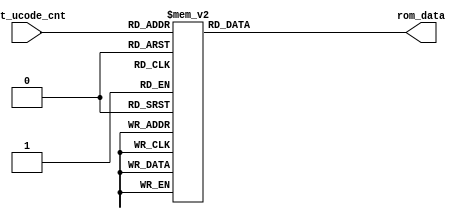
/****************************************************************
 ---------------------------------------------------------------
     Copyright 1999 Sun Microsystems, Inc., 901 San Antonio
     Road, Palo Alto, CA 94303, U.S.A.  All Rights Reserved.
     The contents of this file are subject to the current
     version of the Sun Community Source License, picoJava-II
     Core ("the License").  You may not use this file except
     in compliance with the License.  You may obtain a copy
     of the License by searching for "Sun Community Source
     License" on the World Wide Web at http://www.sun.com.
     See the License for the rights, obligations, and
     limitations governing use of the contents of this file.

     Sun, Sun Microsystems, the Sun logo, and all Sun-based
     trademarks and logos, Java, picoJava, and all Java-based
     trademarks and logos are trademarks or registered trademarks 
     of Sun Microsystems, Inc. in the United States and other
     countries.
 ----------------------------------------------------------------
******************************************************************/
                                                  
module ieu_rom (nxt_ucode_cnt,rom_data);          
                                                  
input    [8:0] nxt_ucode_cnt;                     
output  [79:0] rom_data;
                                                  
reg     [79:0] rom_data;
                                                  
/********* Megacell Format **********             
reg     [79:0] mem [511:0];
                                                  
// synopsys translate_off                         
                                                  
initial $readmemh(                                
"picoJava-II/design/iu/ucode/rtl/ieu_rom.data",mem);	// This path needs to be modified based on it's 
						// location.
                                                  
  always @(nxt_ucode_cnt) begin                   
    rom_data = mem[nxt_ucode_cnt];                
  end                                             
                                                  
// synopsys translate_on                          
********** Megacell Format *********/             
                                                  
                                                  
/********* Case    Format **********/             
  always @(nxt_ucode_cnt) begin                   
    case (nxt_ucode_cnt)                          
      9'd000:  rom_data =  80'h00000400000000000000;
      9'd001:  rom_data =  80'h01e2045ca0002780555d;
      9'd002:  rom_data =  80'h00000400000000000000;
      9'd003:  rom_data =  80'h00e204000000000020b8;
      9'd004:  rom_data =  80'h03020442c02666085759;
      9'd005:  rom_data =  80'h00000400000000020000;
      9'd006:  rom_data =  80'h000204000002200002b8;
      9'd007:  rom_data =  80'h00000401203226020959;
      9'd008:  rom_data =  80'h00c604013c0002012b39;
      9'd009:  rom_data =  80'h03020442c02666085759;
      9'd010:  rom_data =  80'h00000400000000020000;
      9'd011:  rom_data =  80'h000204000002200002b8;
      9'd012:  rom_data =  80'h00000419203226020959;
      9'd013:  rom_data =  80'h00c604013c0002012b19;
      9'd014:  rom_data =  80'h03020442c02666085759;
      9'd015:  rom_data =  80'h00000400000000020000;
      9'd016:  rom_data =  80'h000204000002200002b8;
      9'd017:  rom_data =  80'h00000421203226020959;
      9'd018:  rom_data =  80'h00c204013c0002012ab9;
      9'd019:  rom_data =  80'h03020442c02666085759;
      9'd020:  rom_data =  80'h00000400000000020000;
      9'd021:  rom_data =  80'h000204000002200002b8;
      9'd022:  rom_data =  80'h00000429203226020979;
      9'd023:  rom_data =  80'h00c204013c0002010ab9;
      9'd024:  rom_data =  80'h00c2045c000006002b55;
      9'd025:  rom_data =  80'h0000043401bc66000001;
      9'd026:  rom_data =  80'h00080400014000000000;
      9'd027:  rom_data =  80'h01020465a00026085559;
      9'd028:  rom_data =  80'h00000400000000000000;
      9'd029:  rom_data =  80'h000204591800260202b9;
      9'd030:  rom_data =  80'h00000401422026000ad9;
      9'd031:  rom_data =  80'h000404013c000a0326b9;
      9'd032:  rom_data =  80'h0000043401bc66000001;
      9'd033:  rom_data =  80'h00080400014000000000;
      9'd034:  rom_data =  80'h01020465a00026085559;
      9'd035:  rom_data =  80'h00000400000000000000;
      9'd036:  rom_data =  80'h000204591800260202b9;
      9'd037:  rom_data =  80'h00000419422026000ad9;
      9'd038:  rom_data =  80'h000404013c000a0326b9;
      9'd039:  rom_data =  80'h0000043401bc66000001;
      9'd040:  rom_data =  80'h00080400014000000000;
      9'd041:  rom_data =  80'h01020465a00026085559;
      9'd042:  rom_data =  80'h00000400000000000000;
      9'd043:  rom_data =  80'h000204591800260202b9;
      9'd044:  rom_data =  80'h00000421422026000ad9;
      9'd045:  rom_data =  80'h000404013c000a0326b9;
      9'd046:  rom_data =  80'h00000434000ca6000001;
      9'd047:  rom_data =  80'h00080459014022000001;
      9'd048:  rom_data =  80'h010a0465a00026085559;
      9'd049:  rom_data =  80'h00000400000440000000;
      9'd050:  rom_data =  80'h000204591800260202b9;
      9'd051:  rom_data =  80'h000004010224660012db;
      9'd052:  rom_data =  80'h000404013c000a0306b9;
      9'd053:  rom_data =  80'h00040400000010002758;
      9'd054:  rom_data =  80'h00022000000000000c78;
      9'd055:  rom_data =  80'h000004340210860009d1;
      9'd056:  rom_data =  80'h0002040000c220000158;
      9'd057:  rom_data =  80'h00020453003006000759;
      9'd058:  rom_data =  80'h00000401161044000811;
      9'd059:  rom_data =  80'h00020680800120000750;
      9'd060:  rom_data =  80'h00a00409e82226000751;
      9'd061:  rom_data =  80'h004204d9e0002a000bf9;
      9'd062:  rom_data =  80'h006005d9000022000001;
      9'd063:  rom_data =  80'h00800559200022000001;
      9'd064:  rom_data =  80'h00a00600e00008002000;
      9'd065:  rom_data =  80'h00022000000000000c78;
      9'd066:  rom_data =  80'h000004340210860009d1;
      9'd067:  rom_data =  80'h0002040000c220000178;
      9'd068:  rom_data =  80'h00020453003006000751;
      9'd069:  rom_data =  80'h00020409e82026000771;
      9'd070:  rom_data =  80'h00080401161044000811;
      9'd071:  rom_data =  80'h01000400000000004000;
      9'd072:  rom_data =  80'h00000680800120000000;
      9'd073:  rom_data =  80'h00a00400000220000750;
      9'd074:  rom_data =  80'h004204d9e0002a000bf9;
      9'd075:  rom_data =  80'h006005d9000022000001;
      9'd076:  rom_data =  80'h00800559200022000001;
      9'd077:  rom_data =  80'h00a00600e00008002000;
      9'd078:  rom_data =  80'h00000400022220000838;
      9'd079:  rom_data =  80'h00080400000000000000;
      9'd080:  rom_data =  80'h010204000000000054b8;
      9'd081:  rom_data =  80'h000004000210000009d0;
      9'd082:  rom_data =  80'h00020400000000000458;
      9'd083:  rom_data =  80'h00000453003006000001;
      9'd084:  rom_data =  80'h0002040000c220000158;
      9'd085:  rom_data =  80'h00020400000000000750;
      9'd086:  rom_data =  80'h00000401161044000811;
      9'd087:  rom_data =  80'h00000680800120000000;
      9'd088:  rom_data =  80'h00a00400000220000750;
      9'd089:  rom_data =  80'h004204d9e0002a000bf9;
      9'd090:  rom_data =  80'h006005d9000022000001;
      9'd091:  rom_data =  80'h00800559200022000001;
      9'd092:  rom_data =  80'h00a00600e00008002000;
      9'd093:  rom_data =  80'h00022000000000000c78;
      9'd094:  rom_data =  80'h000004000210000009d0;
      9'd095:  rom_data =  80'h00020400000000000178;
      9'd096:  rom_data =  80'h00000400000000000000;
      9'd097:  rom_data =  80'h0000040ce02026000001;
      9'd098:  rom_data =  80'h00080417e03006000001;
      9'd099:  rom_data =  80'h010204000000000054b8;
      9'd100:  rom_data =  80'h00000427403006000001;
      9'd101:  rom_data =  80'h00020400000000000498;
      9'd102:  rom_data =  80'h00000453003006000001;
      9'd103:  rom_data =  80'h0002040000c220000158;
      9'd104:  rom_data =  80'h00020400000000000750;
      9'd105:  rom_data =  80'h00000401161044000811;
      9'd106:  rom_data =  80'h00000680800120000000;
      9'd107:  rom_data =  80'h00a00400000220000750;
      9'd108:  rom_data =  80'h004204d9e0002a000bf9;
      9'd109:  rom_data =  80'h006005d9000022000001;
      9'd110:  rom_data =  80'h00800559200022000001;
      9'd111:  rom_data =  80'h00a00600e00008002000;
      9'd112:  rom_data =  80'h00001073000022000001;
      9'd113:  rom_data =  80'h0008047f003046000001;
      9'd114:  rom_data =  80'h00020400000000001298;
      9'd115:  rom_data =  80'h00000459043006000001;
      9'd116:  rom_data =  80'h00020400000000000098;
      9'd117:  rom_data =  80'h0000047f003006000001;
      9'd118:  rom_data =  80'h000204000000000001f8;
      9'd119:  rom_data =  80'h00000400023000000a78;
      9'd120:  rom_data =  80'h00020400000000000298;
      9'd121:  rom_data =  80'h000004340210860009d1;
      9'd122:  rom_data =  80'h0002040000c220000178;
      9'd123:  rom_data =  80'h00020453003006000751;
      9'd124:  rom_data =  80'h00020409e82026000771;
      9'd125:  rom_data =  80'h00080401161044000811;
      9'd126:  rom_data =  80'h01000400000000004000;
      9'd127:  rom_data =  80'h00000680800120000000;
      9'd128:  rom_data =  80'h00a00400000220000750;
      9'd129:  rom_data =  80'h004204d9e0002a000bf9;
      9'd130:  rom_data =  80'h006005d9000022000001;
      9'd131:  rom_data =  80'h00800559200022000001;
      9'd132:  rom_data =  80'h00a00600e00008002000;
      9'd133:  rom_data =  80'h00001073002002000001;
      9'd134:  rom_data =  80'h00001280200220000cb8;
      9'd135:  rom_data =  80'h00080400000220000770;
      9'd136:  rom_data =  80'h00080480a00220000758;
      9'd137:  rom_data =  80'h00080580a00220000770;
      9'd138:  rom_data =  80'h00080700012000000000;
      9'd139:  rom_data =  80'h00000500200000000000;
      9'd140:  rom_data =  80'h00000600a00000002000;
      9'd141:  rom_data =  80'h00001073002002000001;
      9'd142:  rom_data =  80'h00001280213220000cb8;
      9'd143:  rom_data =  80'h00080400000220000770;
      9'd144:  rom_data =  80'h00080480a00220000758;
      9'd145:  rom_data =  80'h000809dba00262000771;
      9'd146:  rom_data =  80'h000806d9852026000001;
      9'd147:  rom_data =  80'h00a00500200000000000;
      9'd148:  rom_data =  80'h00000600a00000002000;
      9'd149:  rom_data =  80'h00001073002002000001;
      9'd150:  rom_data =  80'h00001280213220000cb8;
      9'd151:  rom_data =  80'h0008040001c220000770;
      9'd152:  rom_data =  80'h00080480a00220000758;
      9'd153:  rom_data =  80'h000809e3a00262000771;
      9'd154:  rom_data =  80'h000806d9852026000001;
      9'd155:  rom_data =  80'h00a00559200026000001;
      9'd156:  rom_data =  80'h00a00600a00008002000;
      9'd157:  rom_data =  80'h00000484c23046000d1a;
      9'd158:  rom_data =  80'h00400564800006000005;
      9'd159:  rom_data =  80'h00a0045c000006002005;
      9'd160:  rom_data =  80'h00000480a00000000000;
      9'd161:  rom_data =  80'h00000700000000000000;
      9'd162:  rom_data =  80'h00000500c00000000000;
      9'd163:  rom_data =  80'h00000400000000002000;
      9'd164:  rom_data =  80'h000008ecc22026000d51;
      9'd165:  rom_data =  80'h00080ab3213026000001;
      9'd166:  rom_data =  80'h00a00500a00000000000;
      9'd167:  rom_data =  80'h00000400000000002000;
      9'd168:  rom_data =  80'h0000086c022026000d71;
      9'd169:  rom_data =  80'h000806d9213026000001;
      9'd170:  rom_data =  80'h000808dba00022000001;
      9'd171:  rom_data =  80'h00a00559a1b026000001;
      9'd172:  rom_data =  80'h00a00400000000002000;
      9'd173:  rom_data =  80'h0000045e022026000cb9;
      9'd174:  rom_data =  80'h000204000000000006b8;
      9'd175:  rom_data =  80'h00020400000220000758;
      9'd176:  rom_data =  80'h00020401341226000759;
      9'd177:  rom_data =  80'h00000402e03a62000759;
      9'd178:  rom_data =  80'h00000480023000000a98;
      9'd179:  rom_data =  80'h00000402900222200699;
      9'd180:  rom_data =  80'h00000402f00224300699;
      9'd181:  rom_data =  80'h000204000000000006b8;
      9'd182:  rom_data =  80'h00000400000000000000;
      9'd183:  rom_data =  80'h00000401342006000001;
      9'd184:  rom_data =  80'h00000480200000002000;
      9'd185:  rom_data =  80'h010204000000001014b8;
      9'd186:  rom_data =  80'h00022000000000000c78;
      9'd187:  rom_data =  80'h00020400000000000570;
      9'd188:  rom_data =  80'h00000400009000000000;
      9'd189:  rom_data =  80'h00000401140044000001;
      9'd190:  rom_data =  80'h0200040080000000a000;
      9'd191:  rom_data =  80'h010204000000001014b8;
      9'd192:  rom_data =  80'h00022000000000000c78;
      9'd193:  rom_data =  80'h00020447003006000571;
      9'd194:  rom_data =  80'h00000400009000000000;
      9'd195:  rom_data =  80'h00000401140044000001;
      9'd196:  rom_data =  80'h0200045c800026008001;
      9'd197:  rom_data =  80'h00a00400000000002000;
      9'd198:  rom_data =  80'h00001000000220000dd0;
      9'd199:  rom_data =  80'h00080400000000000000;
      9'd200:  rom_data =  80'h00000480a00000002000;
      9'd201:  rom_data =  80'h00001073000022000001;
      9'd202:  rom_data =  80'h0008047f003226000959;
      9'd203:  rom_data =  80'h00c20400000000003298;
      9'd204:  rom_data =  80'h00a0045c000c9e000005;
      9'd205:  rom_data =  80'h00a0046400023600099d;
      9'd206:  rom_data =  80'h00a00400000018002000;
      9'd207:  rom_data =  80'h00a0045c021c9e0009bd;
      9'd208:  rom_data =  80'h00b0046401423600099d;
      9'd209:  rom_data =  80'h00a00400000138000000;
      9'd210:  rom_data =  80'h00a00400000008002000;
      9'd211:  rom_data =  80'h00a0045c000c9e000005;
      9'd212:  rom_data =  80'h00a00464000016002005;
      9'd213:  rom_data =  80'h00a0045c021c9e0009dd;
      9'd214:  rom_data =  80'h00b00464014016000005;
      9'd215:  rom_data =  80'h00a0046c00023e0009bd;
      9'd216:  rom_data =  80'h00a00400000128000000;
      9'd217:  rom_data =  80'h00a00400000010002000;
      9'd218:  rom_data =  80'h00a0045c021ebe0009dd;
      9'd219:  rom_data =  80'h00b00464014016000005;
      9'd220:  rom_data =  80'h00a0046c02101e00075d;
      9'd221:  rom_data =  80'h00b004000002280009b8;
      9'd222:  rom_data =  80'h00a00400000138000000;
      9'd223:  rom_data =  80'h00a00400000010002000;
      9'd224:  rom_data =  80'h00a00464000c9e000005;
      9'd225:  rom_data =  80'h00a0045c000036002005;
      9'd226:  rom_data =  80'h00c2205c023006002c5d;
      9'd227:  rom_data =  80'h00c2205c023006002c7d;
      9'd228:  rom_data =  80'h00c2205c023006000c7d;
      9'd229:  rom_data =  80'h00c20464000006002b5d;
      9'd230:  rom_data =  80'h01c2045ca2100700547d;
      9'd231:  rom_data =  80'h00020400000220001558;
      9'd232:  rom_data =  80'h00000401000024000001;
      9'd233:  rom_data =  80'h00c2045c00000600261d;
      9'd234:  rom_data =  80'h03040400c21019005678;
      9'd235:  rom_data =  80'h00020400000220001758;
      9'd236:  rom_data =  80'h00000401000024000001;
      9'd237:  rom_data =  80'h00040400000018002618;
      9'd238:  rom_data =  80'h01c2045ca2122684547d;
      9'd239:  rom_data =  80'h00c2046400002600275d;
      9'd240:  rom_data =  80'h00020400000220001558;
      9'd241:  rom_data =  80'h00000401000024000001;
      9'd242:  rom_data =  80'h00c2045c00022600061d;
      9'd243:  rom_data =  80'h00c2046400000600275d;
      9'd244:  rom_data =  80'h0304045cc2103a8c5679;
      9'd245:  rom_data =  80'h00080400000120000000;
      9'd246:  rom_data =  80'h00040400000018002758;
      9'd247:  rom_data =  80'h000a0400014220001758;
      9'd248:  rom_data =  80'h00000401000024000001;
      9'd249:  rom_data =  80'h00040400000228000618;
      9'd250:  rom_data =  80'h00040400000018002758;
      9'd251:  rom_data =  80'h00022000000000000c78;
      9'd252:  rom_data =  80'h0000045c000026000001;
      9'd253:  rom_data =  80'h00c204000000000022b8;
      9'd254:  rom_data =  80'h00022000000000000c78;
      9'd255:  rom_data =  80'h00000400000000000000;
      9'd256:  rom_data =  80'h000404000000180022b8;
      9'd257:  rom_data =  80'h00022000000000000c78;
      9'd258:  rom_data =  80'h0000045c000026000001;
      9'd259:  rom_data =  80'h00c204640230260002b9;
      9'd260:  rom_data =  80'h00c20400000000002b58;
      9'd261:  rom_data =  80'h00022000000c80000c78;
      9'd262:  rom_data =  80'h00000400000000000000;
      9'd263:  rom_data =  80'h000404000000180002b8;
      9'd264:  rom_data =  80'h00040400000010002358;
      9'd265:  rom_data =  80'h03048000d21019405678;
      9'd266:  rom_data =  80'h00020400000220001758;
      9'd267:  rom_data =  80'h00000401000024000001;
      9'd268:  rom_data =  80'h00040400000018002618;
      9'd269:  rom_data =  80'h00022000000c80000c78;
      9'd270:  rom_data =  80'h00000400000000000000;
      9'd271:  rom_data =  80'h00048000f000184022b8;
      9'd272:  rom_data =  80'h0000106b002002000001;
      9'd273:  rom_data =  80'h00001280200220000cb8;
      9'd274:  rom_data =  80'h00080400000220000770;
      9'd275:  rom_data =  80'h00080480a00220000758;
      9'd276:  rom_data =  80'h00080580a00220000778;
      9'd277:  rom_data =  80'h00080700012000000000;
      9'd278:  rom_data =  80'h00000500200000000000;
      9'd279:  rom_data =  80'h00000780a00000002000;
      9'd280:  rom_data =  80'h00000474023026000cb9;
      9'd281:  rom_data =  80'h00204059024062000eb9;
      9'd282:  rom_data =  80'h00a303e1600022000cb1;
      9'd283:  rom_data =  80'h006005d9800026000001;
      9'd284:  rom_data =  80'h00400480e00000002000;
      9'd285:  rom_data =  80'h0000043401bc66000001;
      9'd286:  rom_data =  80'h00080400014480000000;
      9'd287:  rom_data =  80'h01020465a00026085559;
      9'd288:  rom_data =  80'h00000400000000000000;
      9'd289:  rom_data =  80'h000204591800260202b9;
      9'd290:  rom_data =  80'h00000421422026000ad9;
      9'd291:  rom_data =  80'h000004013c0002030001;
      9'd292:  rom_data =  80'h00048000a800084026b8;
      9'd293:  rom_data =  80'h010204000000001014b8;
      9'd294:  rom_data =  80'h00000400000000000000;
      9'd295:  rom_data =  80'h00000400000000002000;
      9'd296:  rom_data =  80'h00000400000000000000;
      9'd297:  rom_data =  80'h00000400000000000000;
      9'd298:  rom_data =  80'h00000400000000000000;
      9'd299:  rom_data =  80'h00000400000000000000;
      default: rom_data =  80'h00000400000000000000;
    endcase                               
  end // end the always                   
/********* Case    Format **********/     
                                          
endmodule